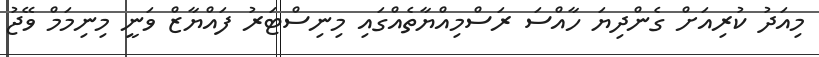
މިއަދު ކުރިއަށް ގެންދިޔަ ހާއްސަ ރަސްމިއްޔާތެއްގައި މިނިސްޓަރު ފައްޔާޒް ވަނީ މިނިމަމް ވޭޖު